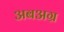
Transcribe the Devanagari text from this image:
अबअग्र